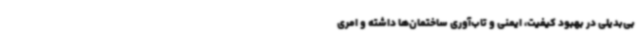
بی‌بدیلی در بهبود کیفیت، ایمنی و تاب‌آوری ساختمان‌ها داشته و امری